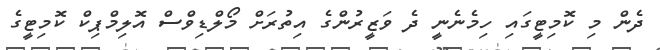
ދެން މި ކޮމިޓީގައި ހިމެނެނީ ދެ ވަޒީރުންގެ އިތުރަށް މޯލްޑިވްސް އޮލިމްޕިކް ކޮމިޓީގެ